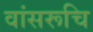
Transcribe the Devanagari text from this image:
वांसरूचि